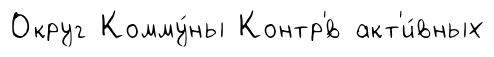
Округ Комму́ны Контр'́в акт'и́вных